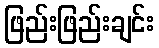
ဖြည်းဖြည်းချင်း